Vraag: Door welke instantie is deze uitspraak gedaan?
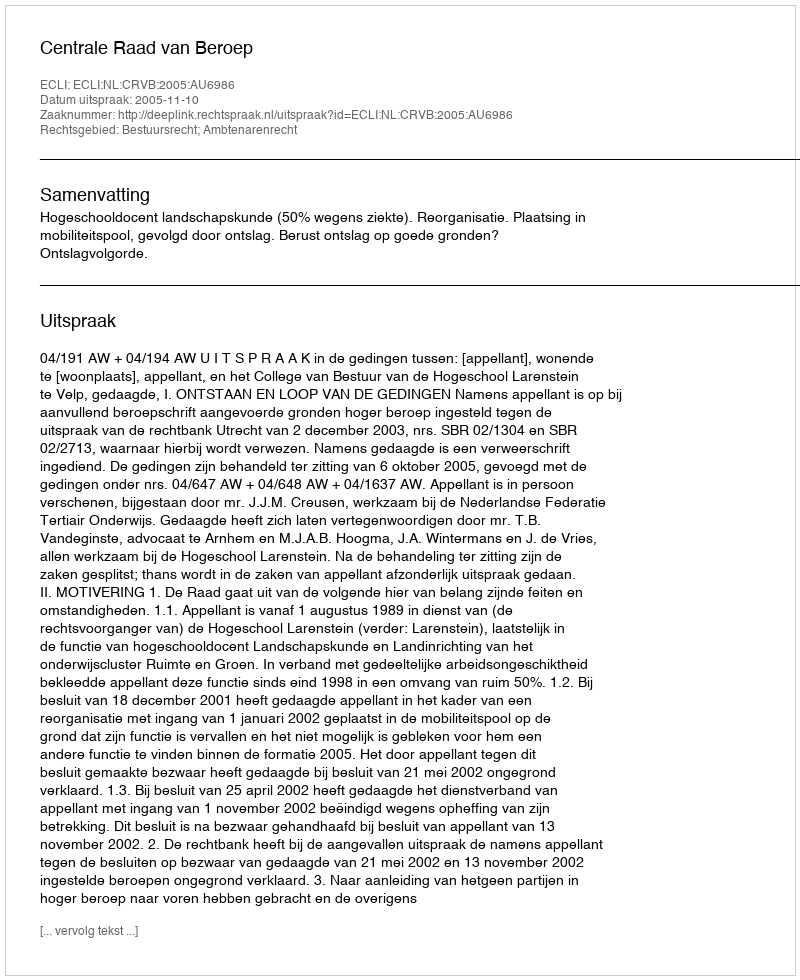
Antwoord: Centrale Raad van Beroep